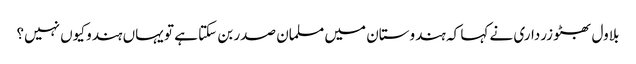
بلاول بھٹو زرداری نے کہا کہ ہندوستان میں مسلمان صدر بن سکتا ہے تو یہاں ہندو کیوں نہیں؟